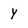
Character: Y